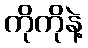
ကိုကိုနဲ့